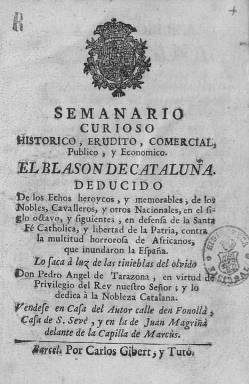
Título: Semanario curioso, erudito, comercial y económico
Otros títulos: Título: Semanario curioso, histórico, erudito, comercial, público y económico, 1776-1777?
Colección: Periódicos anteriores a 1850 || Historia
Ámbito geográfico: Barcelona
Lugar de publicación: Barcelona
Fechas: 01/01/1776-31/12/1777

Falta digitalizar el volumen de 1775 de la signatura R/38530

---

     Esta publicación es continuación del Diario erudito fundado en Barcelona en 1772 por el agente de negocios navarro Pedro Ángel de Tarazona y que se prolongó por espacio de un año. Considerado como el Mariano Nipho de la ciudad condal, por comparación con el promotor del primer periódico diario madrileño, Tarazona convirtió el Diario erudito en semanario, pero cambió su filosofía. En lugar de noticias de actualidad, la publicación, que pese a su título tenía una periodicidad irregular, recogía en fascículos obras de otros autores que habían conseguido el favor del público.

  El Semanario Curioso, erudito, comercial y económico salió a la luz en 1773 publicando bajo el título de El Pensador matritense los números de El Pensador que había sacado en la década anterior en la capital de España José de Clavijo y Fajardo con el pseudónimo de Álvarez Valladares. Su publicación se prolongó hasta 1776.

  Otro número de la publicación estuvo dedicado a la traducción castellana de la primera parte de la Crónica universal del Principado de Cataluña escrita por Jerónimo Pujades a principios del siglo XVII, que apareció en el Semanario curioso entre 1775-1777, según se puede leer en la enciclopedia de Cataluña en línea ‘enciclopèdia.cat’.

   Los primeros números digitalizados por la BNE son los correspondientes a un nobiliario, el blasón de Cataluña, obra escrita en 1600 por el fraile franciscano Esteban Barrellas dedicada a la historia de los condes de Barcelona. El Semanario explica en su dedicatoria a la nobleza catalana que el objeto de la obra es ‘referir aquellos famosos hechos y proezas ilustres con que los caballeros catalanes contribuyeron a la expulsión de los moros de España’.

   En el segundo de los tres tomos publicados, hay al final un detalle curioso que muestra que Tarazona no había olvidado su vocación de periodista de la actualidad. Se inserta una Aviso al público informando de que si alguna pobre mujer honesta necesita viajar a Valencia puede acudir al periódico para que le busque un familia de honor que le acompañe.

  El Semanario de Tarazona no tuvo demasiada aceptación, pero sí la tuvo la idea de recoger en entregas periódicas las obras de autores antiguos y modernos. La siguió en Madrid el Semanario erudito de Antonio Valladares de Sotomayor, uno de los periódicos de la Ilustración de mayor éxito, editado entre 1787 y 1791.

[Descripción publicada el 08/04/2020]